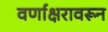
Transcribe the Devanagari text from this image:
वर्णाक्षरावरून